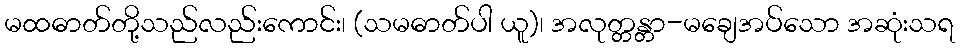
မထဓာတ်တို့သည်လည်းကောင်း၊ (သမဓာတ်ပါ ယူ)၊ အလုတ္တန္တာ-မချေအပ်သော အဆုံးသရ